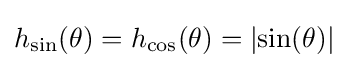
h_{\sin }(\theta )=h_{\cos }(\theta )=\left|\sin(\theta )\right|